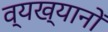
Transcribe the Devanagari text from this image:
व्यख्यानों